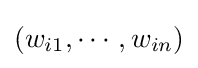
(w_{i1},\cdots ,w_{in})